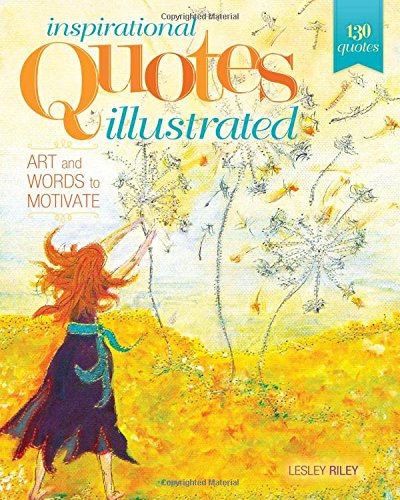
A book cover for Inspirational Quotes Illustrated: Art and Words to Motivate; Lesley Riley; Crafts, Hobbies & Home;